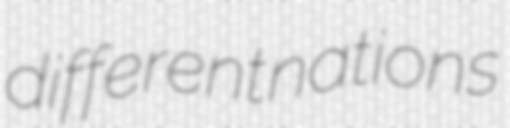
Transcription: different nations